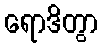
ရောဒိတွာ